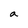
Character: a